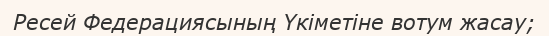
Ресей Федерациясының Үкіметіне вотум жасау;